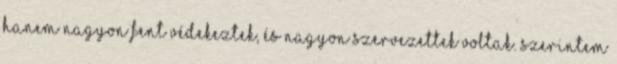
hanem nagyon fent védekeztek, és nagyon szervezettek voltak. Szerintem